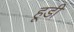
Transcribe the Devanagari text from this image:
हूडी